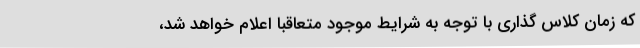
که زمان کلاس گذاری با توجه به شرایط موجود متعاقبا اعلام خواهد شد،